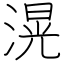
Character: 滉